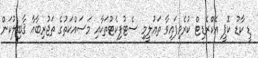
ޑީ ކާޑު ކޮޕީ އެކްރެޑިޓް ކުރެވިފައިވާ ތަޢުލީމި ސެޓުފިކެޓުތަކާއި މަސައްކަތުގެ ތަޖުރިބާއާ ޤާބިލުކަން